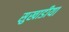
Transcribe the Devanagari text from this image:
सुखाडीया